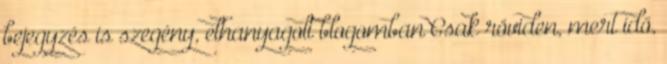
bejegyzés is szegény, elhanyagolt blogomban Csak röviden, mert idő,